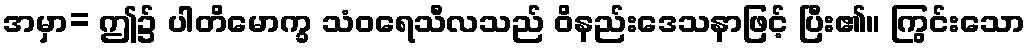
အမှာ= ဤ၌ ပါတိမောက္ခ သံဝရေသီလသည် ဝိနည်းဒေသနာဖြင့် ပြီး၏။ ကြွင်းသော